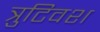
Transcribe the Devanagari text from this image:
त्रुटिवश